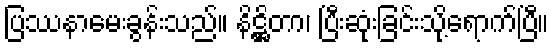
ပြဿနာမေးခွန်းသည်။ နိဋ္ဌိတာ၊ ပြီးဆုံးခြင်းသို့ရောက်ပြီ။